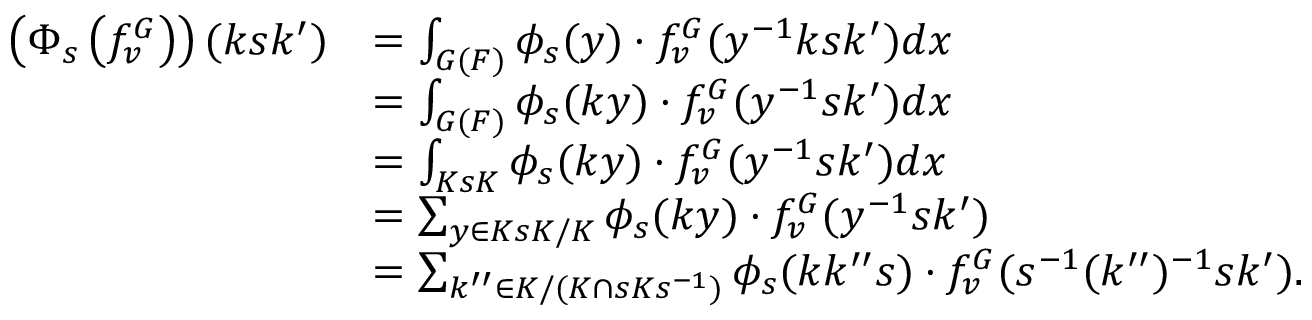
\begin{array} { r l } { \left( \Phi _ { s } \left( f _ { v } ^ { G } \right) \right) ( k s k ^ { \prime } ) } & { = \int _ { G ( F ) } \phi _ { s } ( y ) \cdot f _ { v } ^ { G } ( y ^ { - 1 } k s k ^ { \prime } ) d x } \\ & { = \int _ { G ( F ) } \phi _ { s } ( k y ) \cdot f _ { v } ^ { G } ( y ^ { - 1 } s k ^ { \prime } ) d x } \\ & { = \int _ { K s K } \phi _ { s } ( k y ) \cdot f _ { v } ^ { G } ( y ^ { - 1 } s k ^ { \prime } ) d x } \\ & { = \sum _ { y \in K s K / K } \phi _ { s } ( k y ) \cdot f _ { v } ^ { G } ( y ^ { - 1 } s k ^ { \prime } ) } \\ & { = \sum _ { k ^ { \prime \prime } \in K / ( K \cap s K s ^ { - 1 } ) } \phi _ { s } ( k k ^ { \prime \prime } s ) \cdot f _ { v } ^ { G } ( s ^ { - 1 } ( k ^ { \prime \prime } ) ^ { - 1 } s k ^ { \prime } ) . } \end{array}